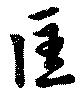
匡